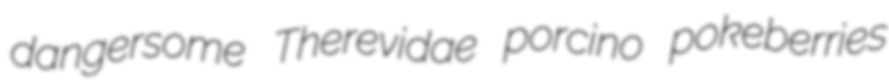
dangersome Therevidae porcino pokeberries